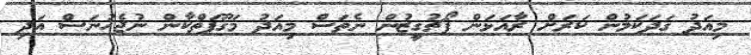
މިއަދު ގަދަކަމުން ކަރަށް ރާއަޅަން ޕޯޗުގީޒުން ނެތަސް މިއަދު މަގޫފަތްކާން ނުޖެހުނަސް އަދި